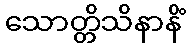
သောတ္တိသိနာနိံ